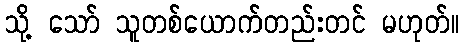
သို့ သော် သူတစ်ယောက်တည်းတင် မဟုတ်။